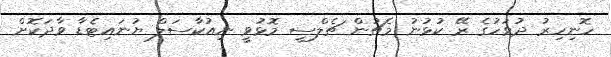
ހޮނިހިރު ދުވަހުގެ ރޭ ކުޅުނު މެޗުން ޗެލްސީ މޮޅުވީ ނިއުކާސަލް ޔުނައިޓެޑާ ވާދަކޮށް